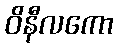
ဝိနီလကော